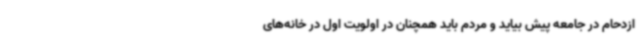
ازدحام در جامعه پیش بیاید و مردم باید همچنان در اولویت اول در خانه‌های